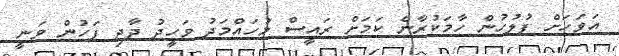
އަވަހަށް ފުލުހުން ހާމަކުރާނެ ކަމަށް ރައީސް މުހައްމަދު ވަހީދު ދާދި ފަހުން ވަނީ